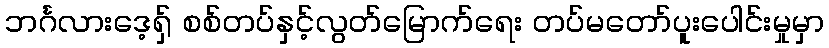
ဘင်္ဂလားဒေ့ရှ် စစ်တပ်နှင့်လွတ်မြောက်ရေး တပ်မတော်ပူးပေါင်းမှုမှာ